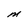
Character: M